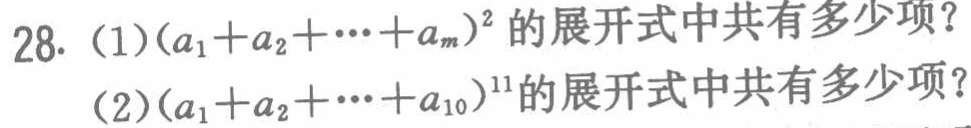
28. (1)$(a_{1}+a_{2}+\cdots +a_{m})^{2}$的展开式中共有多少项？
(2)$(a_{1}+a_{2}+\cdots +a_{10})^{11}$的展开式中共有多少项？